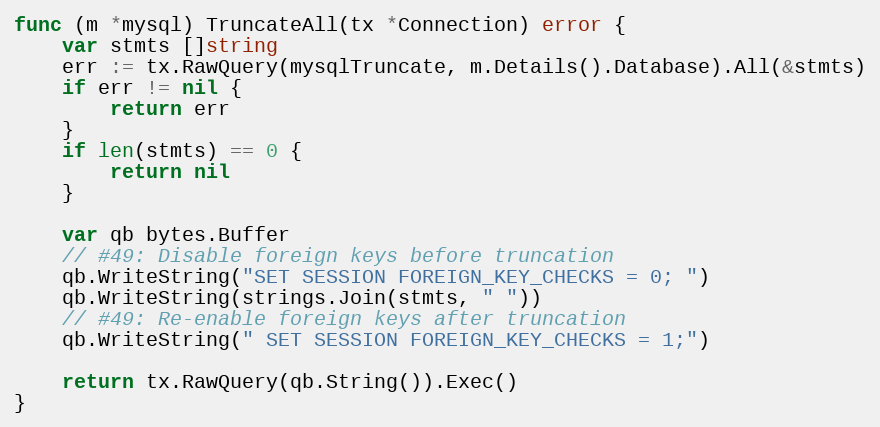
Language: Go
func (m *mysql) TruncateAll(tx *Connection) error {
	var stmts []string
	err := tx.RawQuery(mysqlTruncate, m.Details().Database).All(&stmts)
	if err != nil {
		return err
	}
	if len(stmts) == 0 {
		return nil
	}

	var qb bytes.Buffer
	// #49: Disable foreign keys before truncation
	qb.WriteString("SET SESSION FOREIGN_KEY_CHECKS = 0; ")
	qb.WriteString(strings.Join(stmts, " "))
	// #49: Re-enable foreign keys after truncation
	qb.WriteString(" SET SESSION FOREIGN_KEY_CHECKS = 1;")

	return tx.RawQuery(qb.String()).Exec()
}